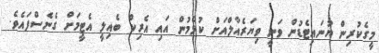
މީގެކުރިން ޔުނައިޓެޑުން ވަނީ ވިޔަރެއާލްއަށް ކުޅެމުން އައި އެރިކް ބެއިލީ އެޓީމަށް ގެނެސްފައެވެ.